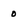
Character: o